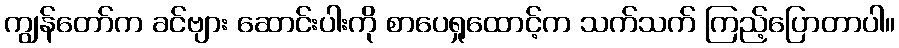
ကျွန်တော်က ခင်ဗျား ဆောင်းပါးကို စာပေရှုထောင့်က သက်သက် ကြည့်ပြောတာပါ။